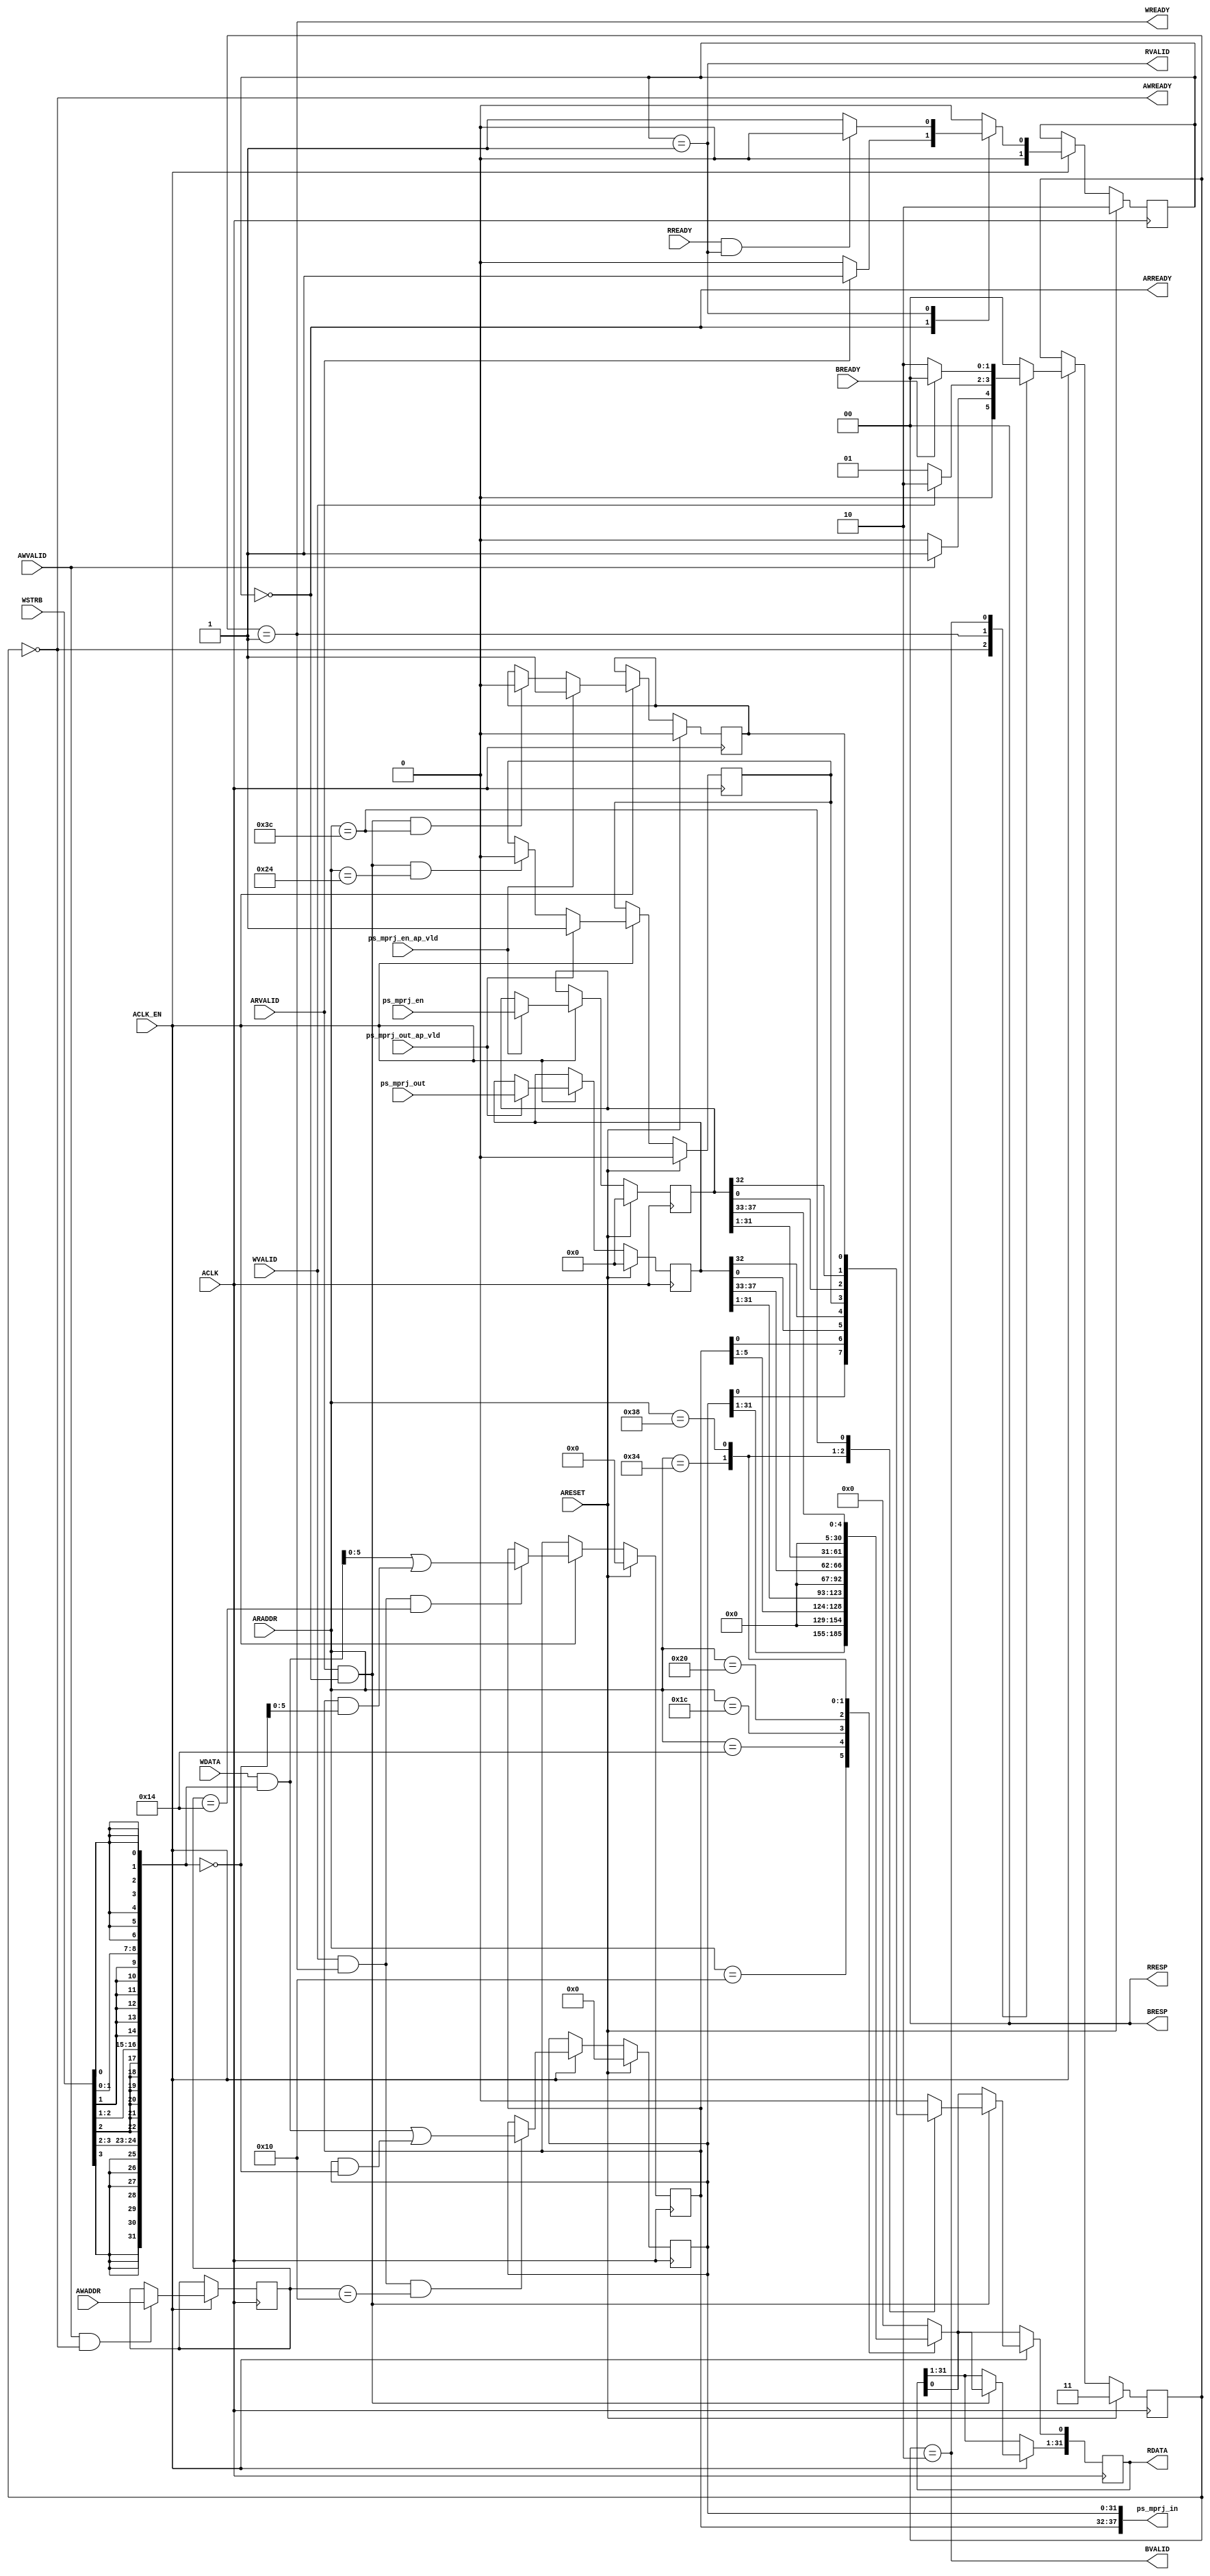
// ==============================================================
// Vitis HLS - High-Level Synthesis from C, C++ and OpenCL v2022.1 (64-bit)
// Tool Version Limit: 2022.04
// Copyright 1986-2022 Xilinx, Inc. All Rights Reserved.
// ==============================================================
`timescale 1ns/1ps
module caravel_ps_control_s_axi
#(parameter
    C_S_AXI_ADDR_WIDTH = 6,
    C_S_AXI_DATA_WIDTH = 32
)(
    input  wire                          ACLK,
    input  wire                          ARESET,
    input  wire                          ACLK_EN,
    input  wire [C_S_AXI_ADDR_WIDTH-1:0] AWADDR,
    input  wire                          AWVALID,
    output wire                          AWREADY,
    input  wire [C_S_AXI_DATA_WIDTH-1:0] WDATA,
    input  wire [C_S_AXI_DATA_WIDTH/8-1:0] WSTRB,
    input  wire                          WVALID,
    output wire                          WREADY,
    output wire [1:0]                    BRESP,
    output wire                          BVALID,
    input  wire                          BREADY,
    input  wire [C_S_AXI_ADDR_WIDTH-1:0] ARADDR,
    input  wire                          ARVALID,
    output wire                          ARREADY,
    output wire [C_S_AXI_DATA_WIDTH-1:0] RDATA,
    output wire [1:0]                    RRESP,
    output wire                          RVALID,
    input  wire                          RREADY,
    output wire [37:0]                   ps_mprj_in,
    input  wire [37:0]                   ps_mprj_out,
    input  wire                          ps_mprj_out_ap_vld,
    input  wire [37:0]                   ps_mprj_en,
    input  wire                          ps_mprj_en_ap_vld
);
//------------------------Address Info-------------------
// 0x00 : reserved
// 0x04 : reserved
// 0x08 : reserved
// 0x0c : reserved
// 0x10 : Data signal of ps_mprj_in
//        bit 31~0 - ps_mprj_in[31:0] (Read/Write)
// 0x14 : Data signal of ps_mprj_in
//        bit 5~0 - ps_mprj_in[37:32] (Read/Write)
//        others  - reserved
// 0x18 : reserved
// 0x1c : Data signal of ps_mprj_out
//        bit 31~0 - ps_mprj_out[31:0] (Read)
// 0x20 : Data signal of ps_mprj_out
//        bit 5~0 - ps_mprj_out[37:32] (Read)
//        others  - reserved
// 0x24 : Control signal of ps_mprj_out
//        bit 0  - ps_mprj_out_ap_vld (Read/COR)
//        others - reserved
// 0x34 : Data signal of ps_mprj_en
//        bit 31~0 - ps_mprj_en[31:0] (Read)
// 0x38 : Data signal of ps_mprj_en
//        bit 5~0 - ps_mprj_en[37:32] (Read)
//        others  - reserved
// 0x3c : Control signal of ps_mprj_en
//        bit 0  - ps_mprj_en_ap_vld (Read/COR)
//        others - reserved
// (SC = Self Clear, COR = Clear on Read, TOW = Toggle on Write, COH = Clear on Handshake)

//------------------------Parameter----------------------
localparam
    ADDR_PS_MPRJ_IN_DATA_0  = 6'h10,
    ADDR_PS_MPRJ_IN_DATA_1  = 6'h14,
    ADDR_PS_MPRJ_IN_CTRL    = 6'h18,
    ADDR_PS_MPRJ_OUT_DATA_0 = 6'h1c,
    ADDR_PS_MPRJ_OUT_DATA_1 = 6'h20,
    ADDR_PS_MPRJ_OUT_CTRL   = 6'h24,
    ADDR_PS_MPRJ_EN_DATA_0  = 6'h34,
    ADDR_PS_MPRJ_EN_DATA_1  = 6'h38,
    ADDR_PS_MPRJ_EN_CTRL    = 6'h3c,
    WRIDLE                  = 2'd0,
    WRDATA                  = 2'd1,
    WRRESP                  = 2'd2,
    WRRESET                 = 2'd3,
    RDIDLE                  = 2'd0,
    RDDATA                  = 2'd1,
    RDRESET                 = 2'd2,
    ADDR_BITS                = 6;

//------------------------Local signal-------------------
    reg  [1:0]                    wstate = WRRESET;
    reg  [1:0]                    wnext;
    reg  [ADDR_BITS-1:0]          waddr;
    wire [C_S_AXI_DATA_WIDTH-1:0] wmask;
    wire                          aw_hs;
    wire                          w_hs;
    reg  [1:0]                    rstate = RDRESET;
    reg  [1:0]                    rnext;
    reg  [C_S_AXI_DATA_WIDTH-1:0] rdata;
    wire                          ar_hs;
    wire [ADDR_BITS-1:0]          raddr;
    // internal registers
    reg  [37:0]                   int_ps_mprj_in = 'b0;
    reg                           int_ps_mprj_out_ap_vld;
    reg  [37:0]                   int_ps_mprj_out = 'b0;
    reg                           int_ps_mprj_en_ap_vld;
    reg  [37:0]                   int_ps_mprj_en = 'b0;

//------------------------Instantiation------------------


//------------------------AXI write fsm------------------
assign AWREADY = (wstate == WRIDLE);
assign WREADY  = (wstate == WRDATA);
assign BRESP   = 2'b00;  // OKAY
assign BVALID  = (wstate == WRRESP);
assign wmask   = { {8{WSTRB[3]}}, {8{WSTRB[2]}}, {8{WSTRB[1]}}, {8{WSTRB[0]}} };
assign aw_hs   = AWVALID & AWREADY;
assign w_hs    = WVALID & WREADY;

// wstate
always @(posedge ACLK) begin
    if (ARESET)
        wstate <= WRRESET;
    else if (ACLK_EN)
        wstate <= wnext;
end

// wnext
always @(*) begin
    case (wstate)
        WRIDLE:
            if (AWVALID)
                wnext = WRDATA;
            else
                wnext = WRIDLE;
        WRDATA:
            if (WVALID)
                wnext = WRRESP;
            else
                wnext = WRDATA;
        WRRESP:
            if (BREADY)
                wnext = WRIDLE;
            else
                wnext = WRRESP;
        default:
            wnext = WRIDLE;
    endcase
end

// waddr
always @(posedge ACLK) begin
    if (ACLK_EN) begin
        if (aw_hs)
            waddr <= AWADDR[ADDR_BITS-1:0];
    end
end

//------------------------AXI read fsm-------------------
assign ARREADY = (rstate == RDIDLE);
assign RDATA   = rdata;
assign RRESP   = 2'b00;  // OKAY
assign RVALID  = (rstate == RDDATA);
assign ar_hs   = ARVALID & ARREADY;
assign raddr   = ARADDR[ADDR_BITS-1:0];

// rstate
always @(posedge ACLK) begin
    if (ARESET)
        rstate <= RDRESET;
    else if (ACLK_EN)
        rstate <= rnext;
end

// rnext
always @(*) begin
    case (rstate)
        RDIDLE:
            if (ARVALID)
                rnext = RDDATA;
            else
                rnext = RDIDLE;
        RDDATA:
            if (RREADY & RVALID)
                rnext = RDIDLE;
            else
                rnext = RDDATA;
        default:
            rnext = RDIDLE;
    endcase
end

// rdata
always @(posedge ACLK) begin
    if (ACLK_EN) begin
        if (ar_hs) begin
            rdata <= 'b0;
            case (raddr)
                ADDR_PS_MPRJ_IN_DATA_0: begin
                    rdata <= int_ps_mprj_in[31:0];
                end
                ADDR_PS_MPRJ_IN_DATA_1: begin
                    rdata <= int_ps_mprj_in[37:32];
                end
                ADDR_PS_MPRJ_OUT_DATA_0: begin
                    rdata <= int_ps_mprj_out[31:0];
                end
                ADDR_PS_MPRJ_OUT_DATA_1: begin
                    rdata <= int_ps_mprj_out[37:32];
                end
                ADDR_PS_MPRJ_OUT_CTRL: begin
                    rdata[0] <= int_ps_mprj_out_ap_vld;
                end
                ADDR_PS_MPRJ_EN_DATA_0: begin
                    rdata <= int_ps_mprj_en[31:0];
                end
                ADDR_PS_MPRJ_EN_DATA_1: begin
                    rdata <= int_ps_mprj_en[37:32];
                end
                ADDR_PS_MPRJ_EN_CTRL: begin
                    rdata[0] <= int_ps_mprj_en_ap_vld;
                end
            endcase
        end
    end
end


//------------------------Register logic-----------------
assign ps_mprj_in = int_ps_mprj_in;
// int_ps_mprj_in[31:0]
always @(posedge ACLK) begin
    if (ARESET)
        int_ps_mprj_in[31:0] <= 0;
    else if (ACLK_EN) begin
        if (w_hs && waddr == ADDR_PS_MPRJ_IN_DATA_0)
            int_ps_mprj_in[31:0] <= (WDATA[31:0] & wmask) | (int_ps_mprj_in[31:0] & ~wmask);
    end
end

// int_ps_mprj_in[37:32]
always @(posedge ACLK) begin
    if (ARESET)
        int_ps_mprj_in[37:32] <= 0;
    else if (ACLK_EN) begin
        if (w_hs && waddr == ADDR_PS_MPRJ_IN_DATA_1)
            int_ps_mprj_in[37:32] <= (WDATA[31:0] & wmask) | (int_ps_mprj_in[37:32] & ~wmask);
    end
end

// int_ps_mprj_out
always @(posedge ACLK) begin
    if (ARESET)
        int_ps_mprj_out <= 0;
    else if (ACLK_EN) begin
        if (ps_mprj_out_ap_vld)
            int_ps_mprj_out <= ps_mprj_out;
    end
end

// int_ps_mprj_out_ap_vld
always @(posedge ACLK) begin
    if (ARESET)
        int_ps_mprj_out_ap_vld <= 1'b0;
    else if (ACLK_EN) begin
        if (ps_mprj_out_ap_vld)
            int_ps_mprj_out_ap_vld <= 1'b1;
        else if (ar_hs && raddr == ADDR_PS_MPRJ_OUT_CTRL)
            int_ps_mprj_out_ap_vld <= 1'b0; // clear on read
    end
end

// int_ps_mprj_en
always @(posedge ACLK) begin
    if (ARESET)
        int_ps_mprj_en <= 0;
    else if (ACLK_EN) begin
        if (ps_mprj_en_ap_vld)
            int_ps_mprj_en <= ps_mprj_en;
    end
end

// int_ps_mprj_en_ap_vld
always @(posedge ACLK) begin
    if (ARESET)
        int_ps_mprj_en_ap_vld <= 1'b0;
    else if (ACLK_EN) begin
        if (ps_mprj_en_ap_vld)
            int_ps_mprj_en_ap_vld <= 1'b1;
        else if (ar_hs && raddr == ADDR_PS_MPRJ_EN_CTRL)
            int_ps_mprj_en_ap_vld <= 1'b0; // clear on read
    end
end


//------------------------Memory logic-------------------

endmodule